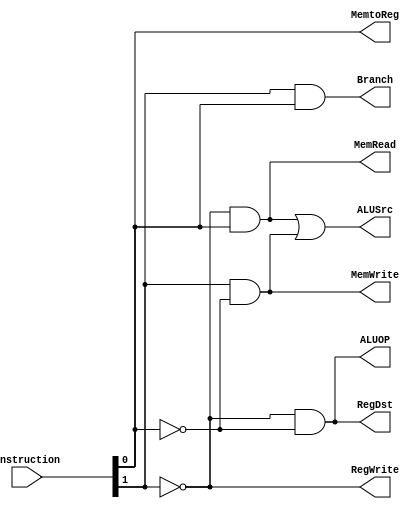
`timescale 1ns / 1ps
//////////////////////////////////////////////////////////////////////////////////
// Company: 
// Engineer: 
// 
// Design Name: 
// Module Name:    Control 
// Project Name: 
// Target Devices: 
// Tool versions: 
// Description: 
//
// Dependencies: 
//
// Revision: 
// Revision 0.01 - File Created
// Additional Comments: 
//
//////////////////////////////////////////////////////////////////////////////////
module Control(
    input [1:0] instruction,
	 output RegDst,
    output RegWrite,
    output ALUSrc,
    output Branch,
    output MemRead,
    output MemWrite,
    output MemtoReg,
    output ALUOP
    );

	wire op1 = instruction[1];
	wire op0 = instruction[0];

	//Used K-map to minimize the equations (Ref: Microprocessor Design - ISA)
	assign RegDst = ~op1 & ~op0;
	assign RegWrite = ~op1;
	assign ALUSrc = (~op1 & op0)|(op1 & ~op0);
	assign Branch = op1 & op0;
	assign MemRead = ~op1 & op0;
	assign MemWrite =op1 & ~op0;
	assign MemtoReg = op0;
	assign ALUOP = ~op1 & ~op0;


endmodule